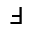
\Finv